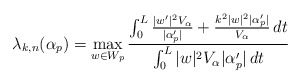
\begin{align*}\lambda_{k,n}(\alpha_p) = \max_{w \in W_p} \frac{\int_0^L \frac{|w'|^2 V_{\alpha}}{|\alpha_p'|} + \frac{k^2 |w|^2 | \alpha_p'|}{V_{\alpha}} \,dt}{\int_0^L |w|^2 V_\alpha |\alpha_p'| \,dt}\end{align*}